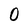
Character: 0